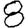
Digit: 8